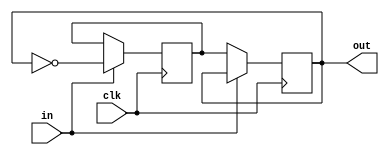
`timescale 1ns / 1ps

module FlipFlop(
    input clk,
    input in,
    output reg out
    );
    
    reg state = 1'b0;
    
    always@(posedge clk) begin
        if(in) begin 
            state = ~out;
        end
        else if(~in) begin
            out <= state;
        end
    end
    
endmodule